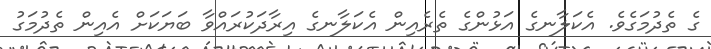
ގެ ތެދުމަގެވެ. އެކަލާނގެ އަޅުންގެ ތެރެއިން އެކަލާނގެ އިރާދަކުރައްވާ ބަޔަކަށް އެއިން ތެދުމަގު